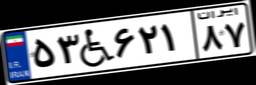
۹۷W۶۷۷۴۳